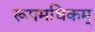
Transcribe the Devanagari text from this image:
रूपमधिकम्